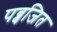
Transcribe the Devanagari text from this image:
पब्बजित